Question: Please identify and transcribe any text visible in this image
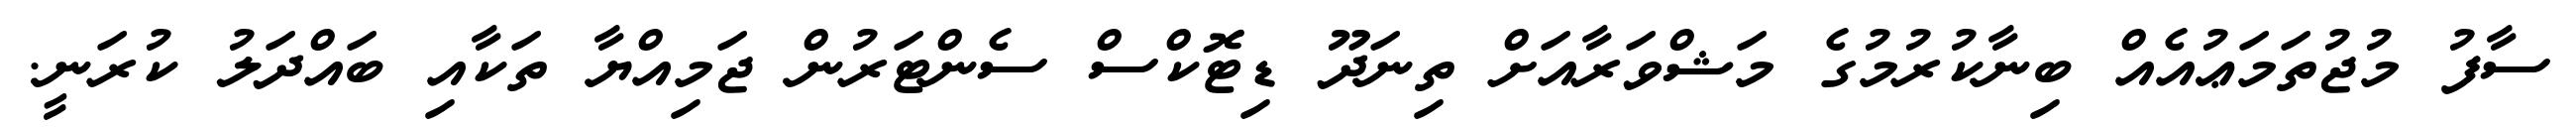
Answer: ސާފު މުޖުތަމަޢުއެއް ބިނާކުރުމުގެ މަޝްވަރާއަށް ތިނަދޫ ޑިޓޮކްސް ސެންޓަރުން ޖަމިއްޔާ ތަކާއި ބައްދަލު ކުރަނީ.